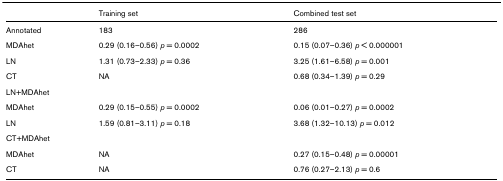
<table><thead><tr><td></td><td><b>Training set</b></td><td><b>Combined test set</b></td></tr></thead><tbody><tr><td>Annotated</td><td>183</td><td>286</td></tr><tr><td>MDAhet</td><td>0.29 (0.16–0.56) <i>p </i>= 0.0002</td><td>0.15 (0.07–0.36) <i>p </i>&lt; 0.000001</td></tr><tr><td>LN</td><td>1.31 (0.73–2.33) <i>p </i>= 0.36</td><td>3.25 (1.61–6.58) <i>p </i>= 0.001</td></tr><tr><td>CT</td><td>NA</td><td>0.68 (0.34–1.39) <i>p </i>= 0.29</td></tr><tr><td>LN+MDAhet</td><td></td><td></td></tr><tr><td>MDAhet</td><td>0.29 (0.15–0.55) <i>p </i>= 0.0002</td><td>0.06 (0.01–0.27) <i>p </i>= 0.0002</td></tr><tr><td>LN</td><td>1.59 (0.81–3.11) <i>p </i>= 0.18</td><td>3.68 (1.32–10.13) <i>p </i>= 0.012</td></tr><tr><td>CT+MDAhet</td><td></td><td></td></tr><tr><td>MDAhet</td><td>NA</td><td>0.27 (0.15–0.48) <i>p </i>= 0.00001</td></tr><tr><td>CT</td><td>NA</td><td>0.76 (0.27–2.13) <i>p </i>= 0.6</td></tr></tbody></table>